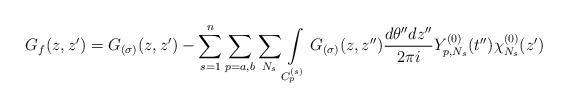
LaTeX: \begin{align*}G_f(z,z')=G_{(\sigma)} (z,z')-\sum_{s=1}^n\sum_{p=a,b}\sum_{N_s}\int\limits_{C_p^{(s)}}G_{(\sigma)} (z,z'')\frac{d\theta'' dz''} {2\pi i}Y_{p,N_s}^{(0)}(t'')\chi_{N_s}^{(0)}(z')\end{align*}